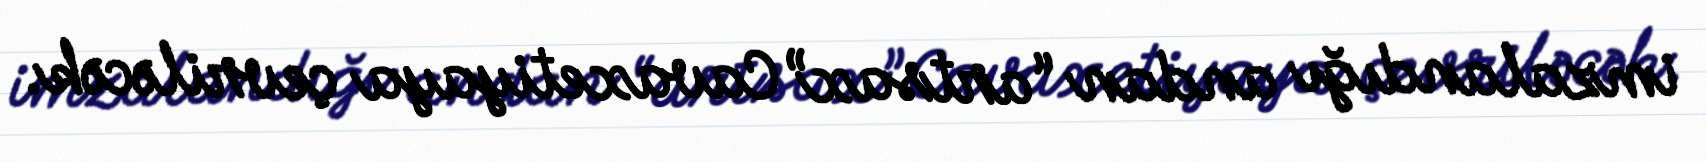
imzalandığı andan “artsax” Cavaxetiyaya çevriləcək.